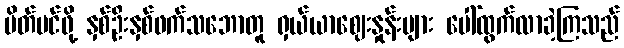
ပိတ်ပင်ဖို့ နှစ်ဦးနှစ်ဖက်သဘောတူ ရှယ်ယာဈေးနှုန်းများ ပေါ်ထွက်လာခဲ့ကြသည်